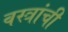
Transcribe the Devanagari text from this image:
वस्त्रांची